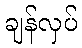
ချန်လှပ်